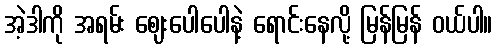
အဲ့ဒါကို အရမ်း ဈေးပေါပေါနဲ့ ရောင်းနေလို့ မြန်မြန် ဝယ်ပါ။